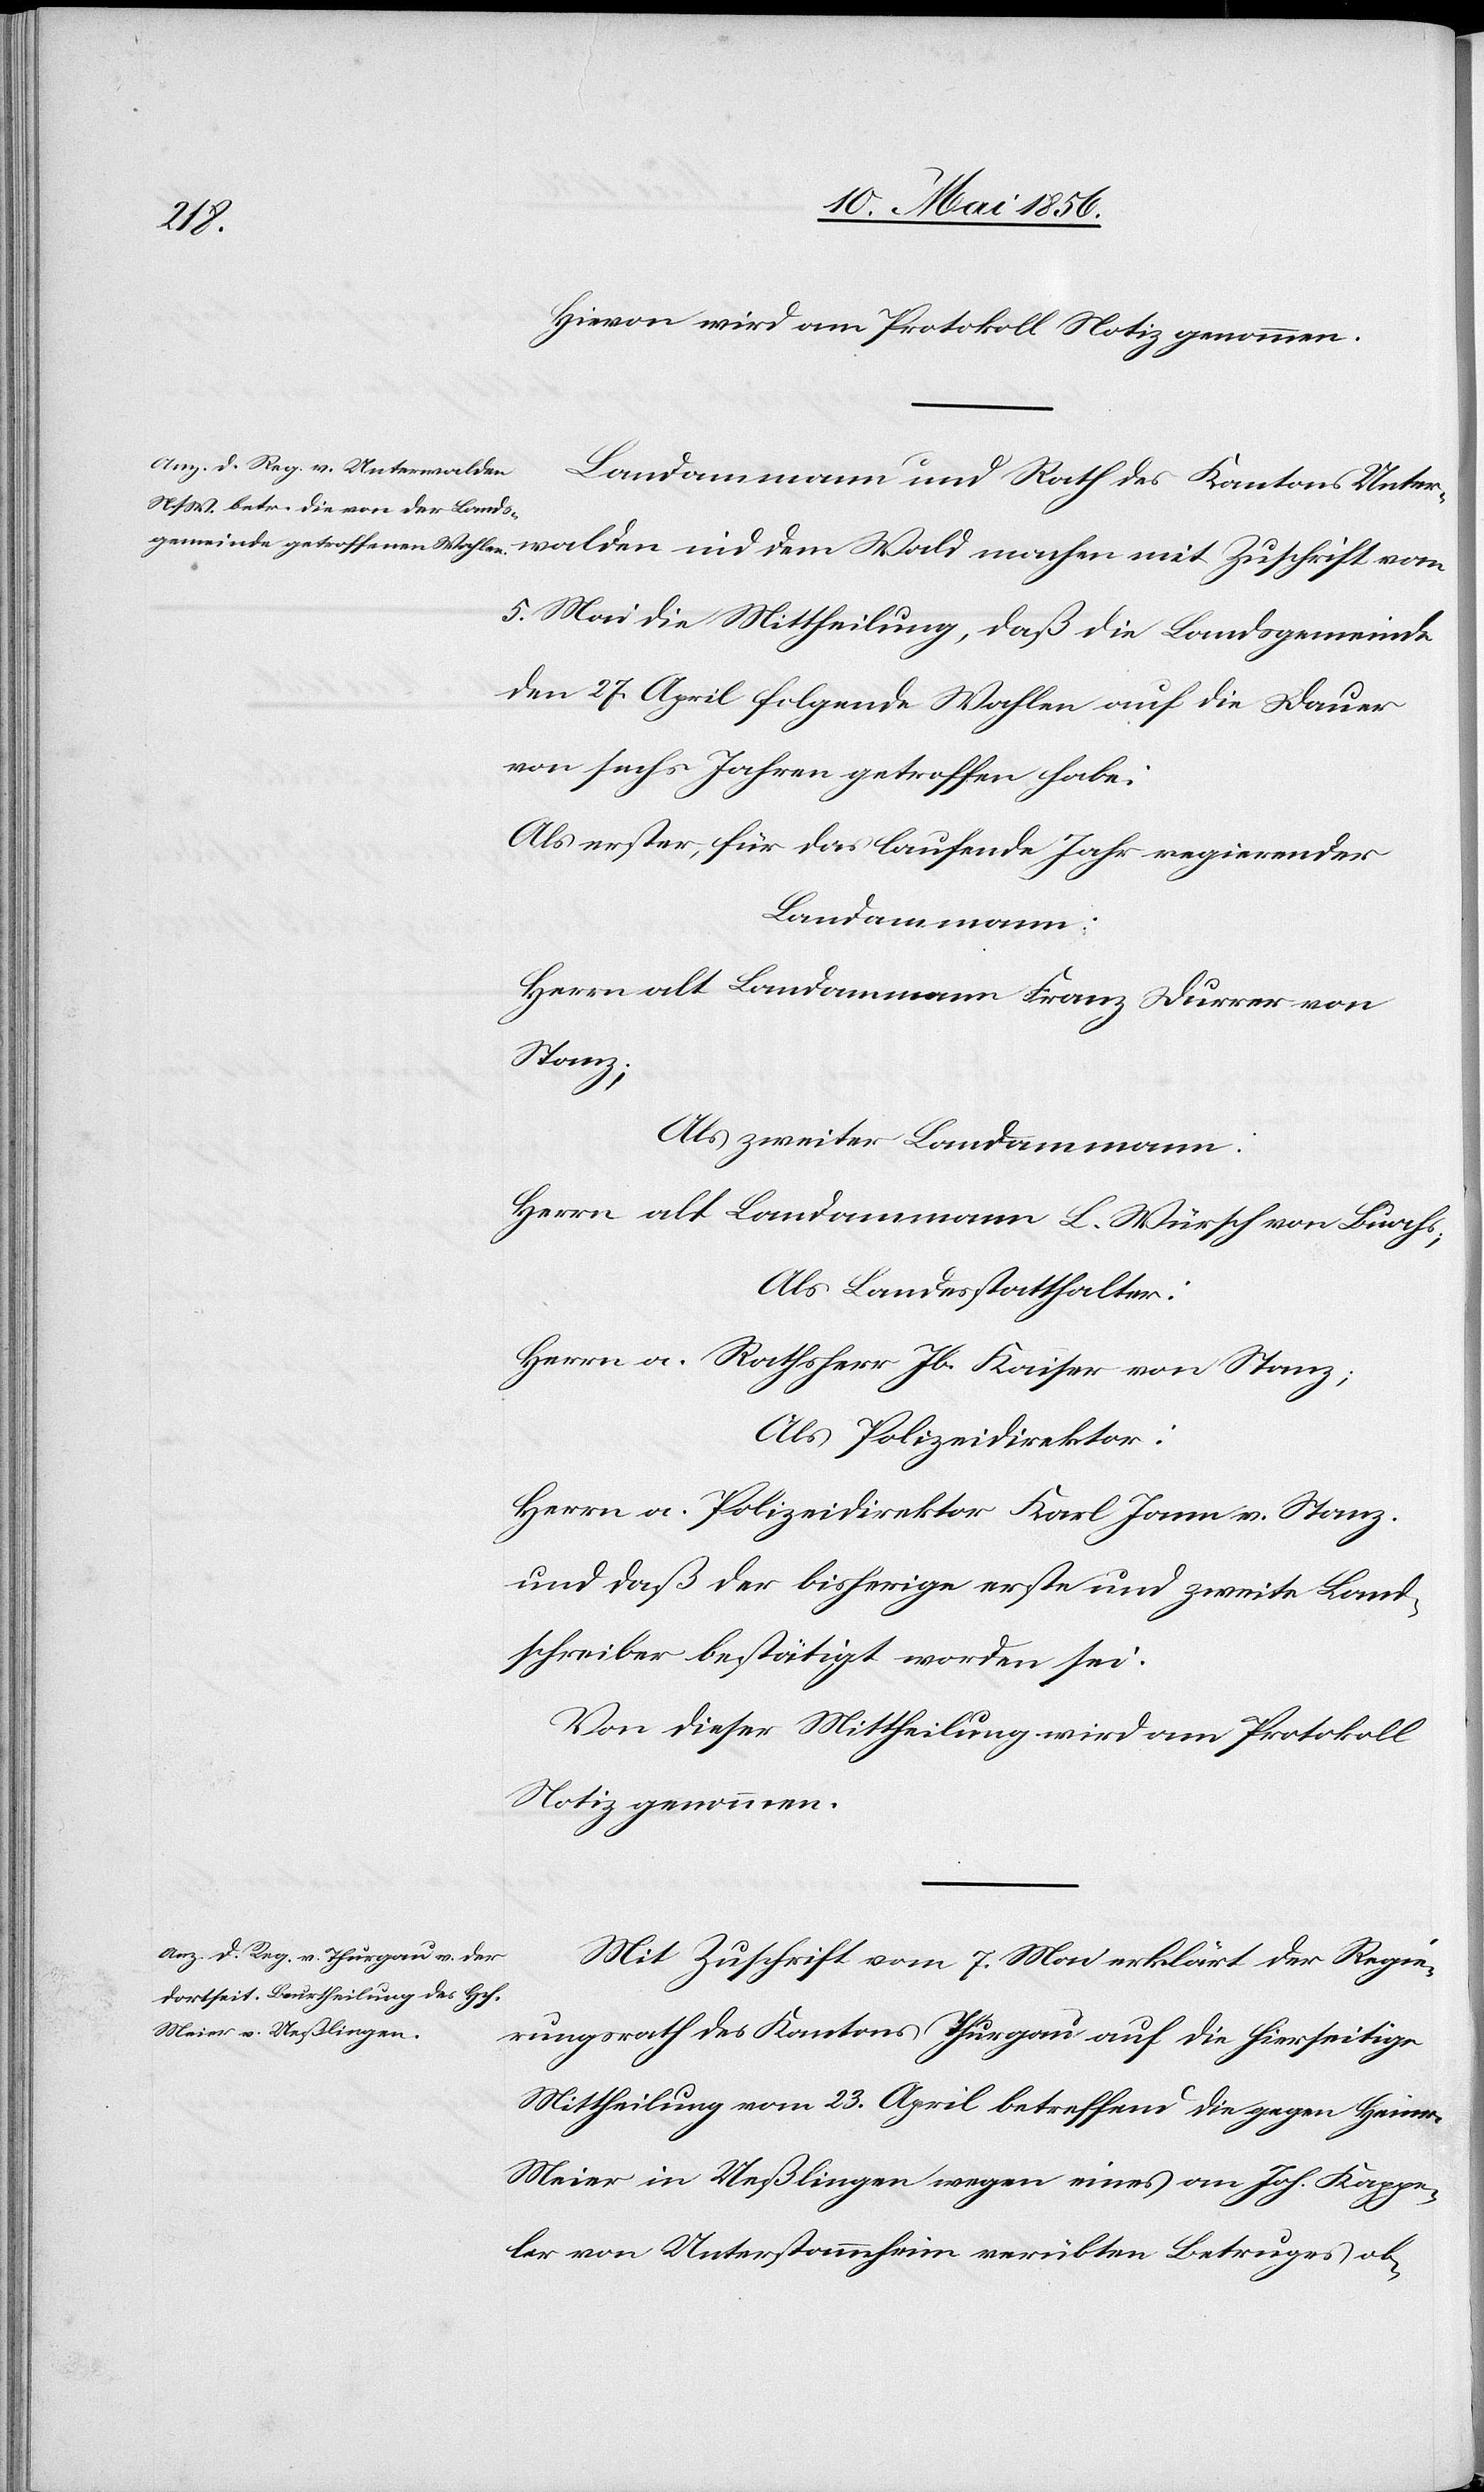
Hievon wird am Protokoll Notiz genommen.
Landammann und Rath des Kantons Unter¬
5. Mai die Mittheilung, daß die Landsgemeinde
den 27. April folgende Wahlen auf die Dauer
von sechs Jahren getroffen habe:
Als erster für das laufende Jahr regierender
Landammann:
Herrn alt Landammann Franz Durrer von
Stanz;
Als zweiter Landammann:
Herrn alt Landammann L. Würsch von Buochs;
Als Landesstatthalter:
Herrn a. Rathsherr Jb. Kaiser von Stanz;
Als Polizeidirektor:
Herrn a. Polizeidirektor Karl Jann v. Stanz.
und daß der bisherige erste und zweite Land¬
schreiber bestätigt worden sei.
Von dieser Mittheilung wird am Protokoll
Notiz genommen.
Mit Zuschrift vom 7. Mai erklärt der Regie¬
rungsrath des Kantons Thurgau auf die hierseitige
Mittheilung vom 23. April betreffend die gegen Heinr.
Meier in Ueßlingen wegen eines an Joh. Kappe¬
ler von Unterstammheim verübten Betruges ob-